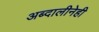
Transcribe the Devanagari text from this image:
अब्दालीनेही